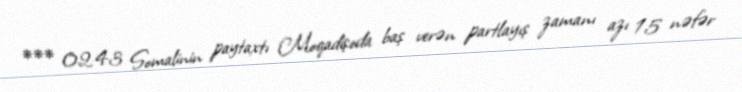
*** 02:43 Somalinin paytaxtı Moqadişoda baş verən partlayış zamanı azı 15 nəfər